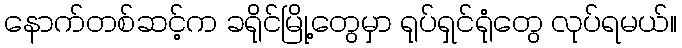
နောက်တစ်ဆင့်က ခရိုင်မြို့တွေမှာ ရုပ်ရှင်ရုံတွေ လုပ်ရမယ်။